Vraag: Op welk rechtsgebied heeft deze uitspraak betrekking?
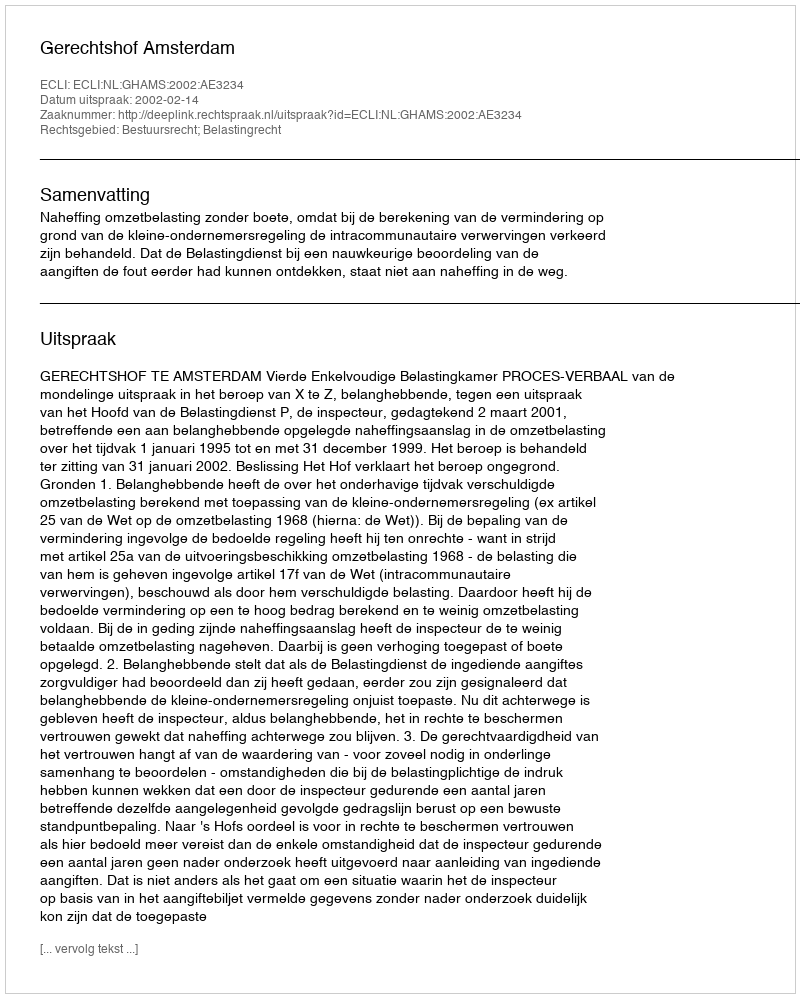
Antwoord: Bestuursrecht; Belastingrecht